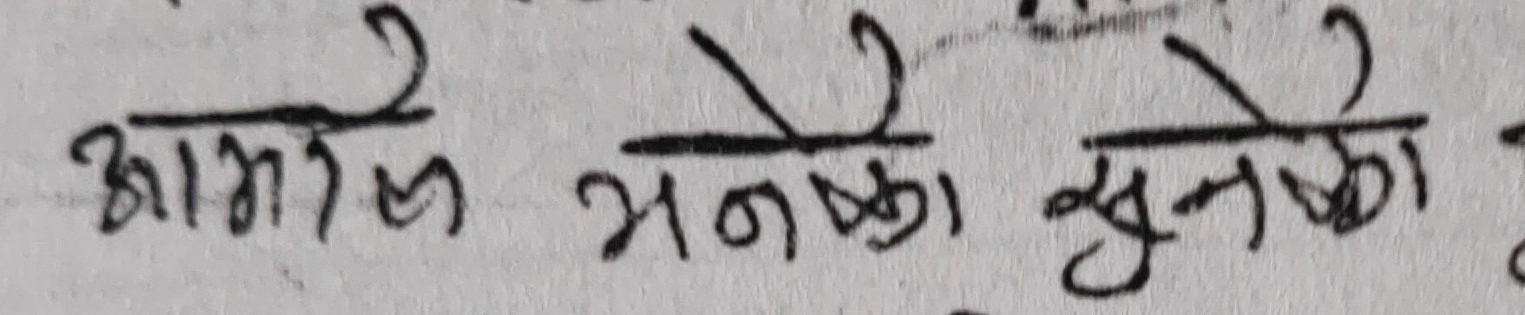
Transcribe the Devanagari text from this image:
आमाले भनेको सुनेको